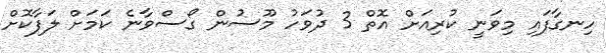
ހިނގާފައި މިވަނީ ކުރިއަށް އޮތް 3 ދުވަހު މޫސުން ގޯސްވާނެ ކަމަށް ލަފާކޮށް